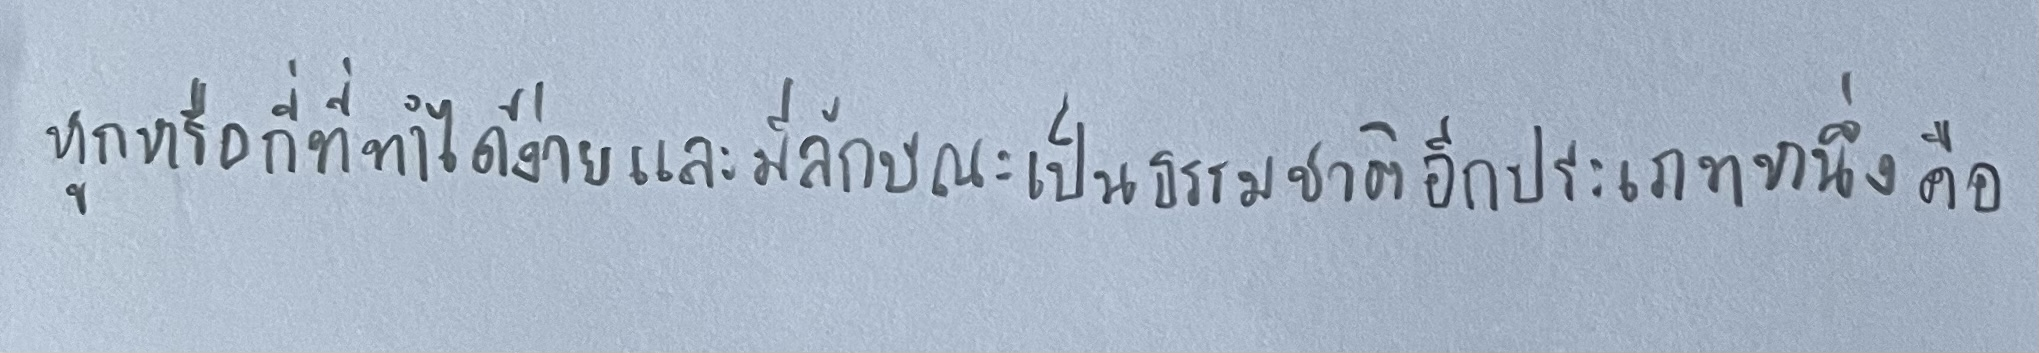
หูกหรือกี่ที่ทำได้ง่ายและมีลักษณะเป็นธรรมชาติอีกประเภทหนึ่งคือ